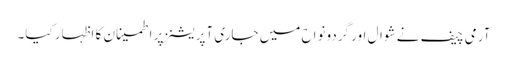
آرمی چیف نے شوال اور گردونواح میں جاری آپریشنز پر اطمینان کا اظہار کیا۔